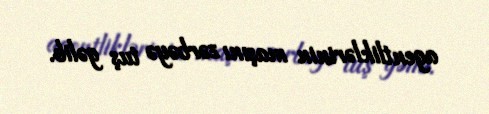
agentliklərinin maşını zərbəyə tuş gəlib.